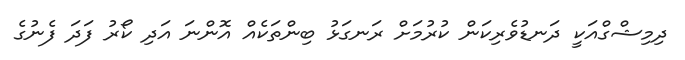
ދިމިޝްގްއަކީ ދަނޑުވެރިކަން ކުރުމަށް ރަނގަޅު ބިންތަކެއް އޮންނަ އަދި ކޯރު ފަދަ ފެނުގެ